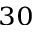
^ { 3 0 }